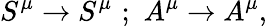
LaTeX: S^{\mu}\rightarrow S^{\mu}\, \, ;\, \, A^{\mu}\rightarrow A^{\mu},